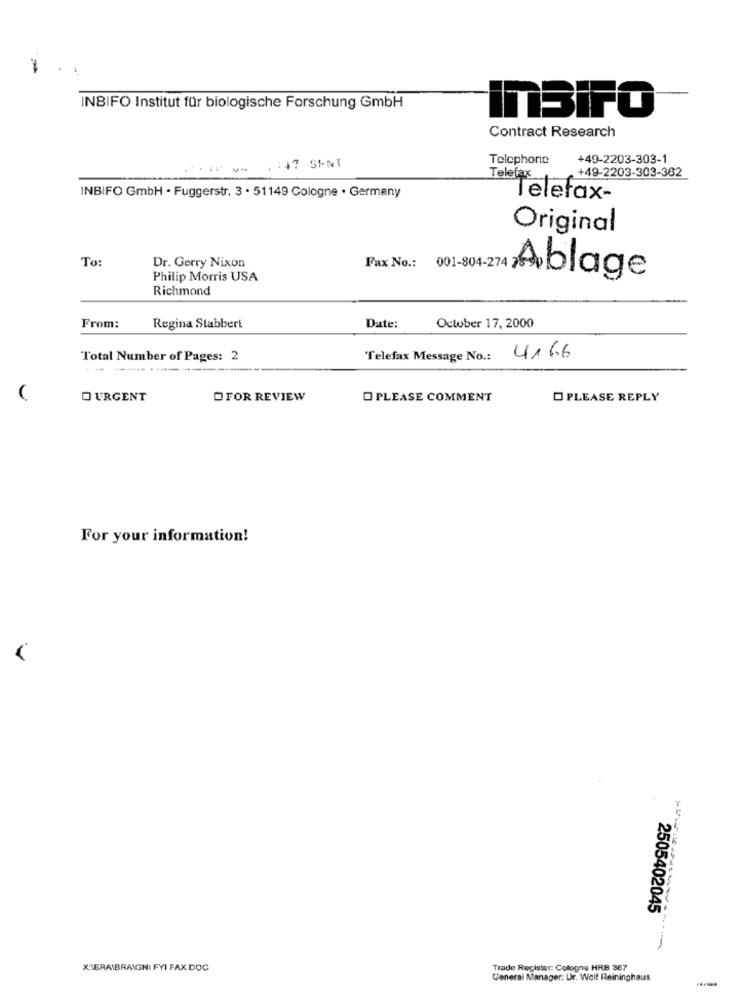
>
INBIFO Institut für biologische Forschung GmbH
InBiFO
Contract Research
Telephone
+49-2203-303-1
1:47 SENT
+49-2203-303-362
Telefax ..
INBIFO GmbH · Fuggerstr. 3 · 51149 Cologne · Germany
Telefax-
Original
To:
Dr. Gerry Nixon
Fax No .: 001-804-27
Philip Morris USA
Ablage
Richmond
From:
Regina Stabbert
Date:
October 17, 2000
Total Number of Pages: 2
Telefax Message No .:
4166
-- -
D URGENT
DFOR REVIEW
O PLEASE COMMENT
PLEASE REPLY
For your information!
2505402045
X1BRAIBRAIGNI FYI FAX.DOC
Trade Register: Cologne HRB 367
General Manager: Ur. Welt Reininghaus